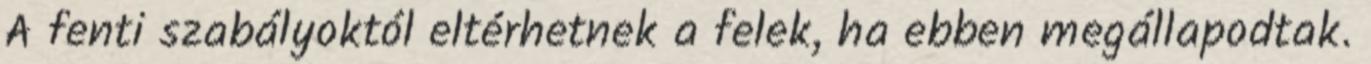
A fenti szabályoktól eltérhetnek a felek, ha ebben megállapodtak.